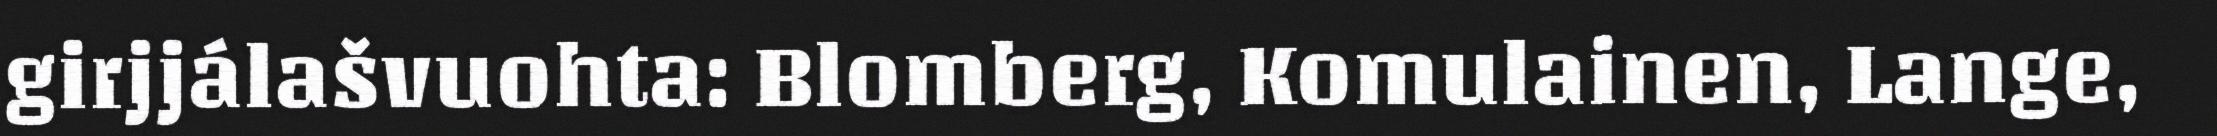
girjjálašvuohta: Blomberg, Komulainen, Lange,